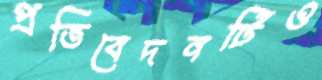
প্রতিবেদনটিও